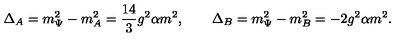
\Delta _ { A } = m _ { \Psi } ^ { 2 } - m _ { A } ^ { 2 } = \frac { 1 4 } { 3 } g ^ { 2 } \alpha m ^ { 2 } , \qquad \Delta _ { B } = m _ { \Psi } ^ { 2 } - m _ { B } ^ { 2 } = - 2 g ^ { 2 } \alpha m ^ { 2 } .